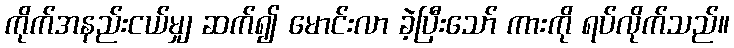
ကိုက်အနည်းငယ်မျှ ဆက်၍ မောင်းလာ ခဲ့ပြီးသော် ကားကို ရပ်လိုက်သည်။